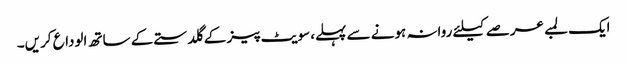
ایک لمبے عرصے کیلئے روانہ ہونے سے پہلے، سویٹ پیز کے گلدستے کے ساتھ الوداع کریں۔